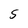
Character: S